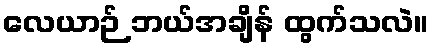
လေယာဉ် ဘယ်အချိန် ထွက်သလဲ။